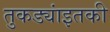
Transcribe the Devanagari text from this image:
तुकड्यांइतकी